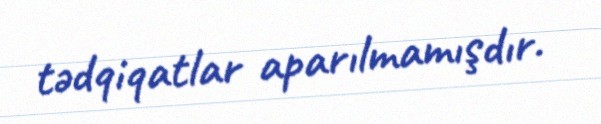
tədqiqatlar aparılmamışdır.